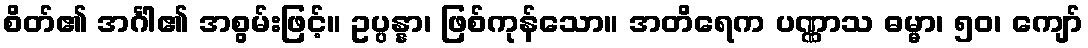
စိတ်၏ အင်္ဂါ၏ အစွမ်းဖြင့်။ ဥပ္ပန္နာ၊ ဖြစ်ကုန်သော။ အတိရေက ပဏ္ဏာသ ဓမ္မာ၊ ၅၀၊ ကျော်